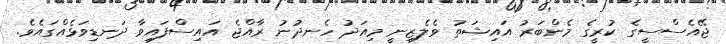
ޖޭއެސްސީގެ ކުރީގެ މެންބަރު އައިޝަތު ވެލެޒިނީ މިއަދު ހެނދުނު ރާއްޖެ އައިސްފައިވާ ދަނޑިވަޅެއްގައެވެ.